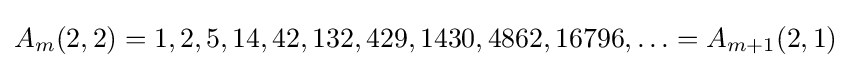
A_{m}(2,2)=1,2,5,14,42,132,429,1430,4862,16796,\ldots =A_{m+1}(2,1)